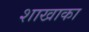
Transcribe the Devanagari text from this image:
शाखाका